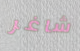
شاغر